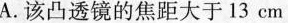
A. 该凸透镜的焦距大于 13 cm